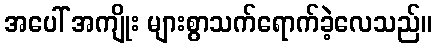
အပေါ် အကျိုး များစွာသက်ရောက်ခဲ့လေသည်။